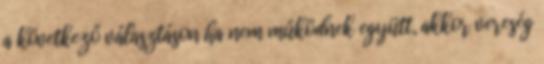
a következő választáson ha nem működnek együtt, akkor vereség